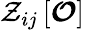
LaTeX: {\mathcal{Z}_{ij}\left[\boldsymbol{\mathcal{O}}\right]}